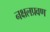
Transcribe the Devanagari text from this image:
नक्षलप्रवण